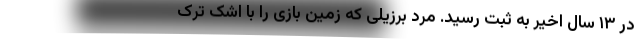
در ۱۳ سال اخیر به ثبت رسید. مرد برزیلی که زمین بازی را با اشک ترک